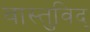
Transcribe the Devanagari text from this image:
वास्‍तुविद्